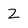
Character: Z